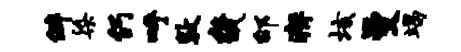
僻染仍呼敦畿邰瘠垓曼竭